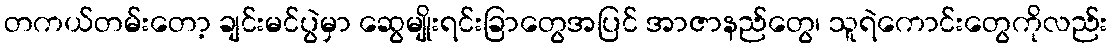
တကယ်တမ်းတော့ ချင်းမင်ပွဲမှာ ဆွေမျိုးရင်းခြာတွေအပြင် အာဇာနည်တွေ၊ သူရဲကောင်းတွေကိုလည်း